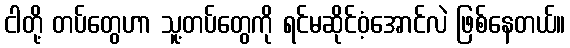
ငါတို့ တပ်တွေဟာ သူ့တပ်တွေကို ရင်မဆိုင်ဝံ့အောင်လဲ ဖြစ်နေတယ်။